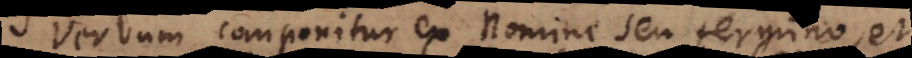
Verbum componitur ex Nomine seu termino, et